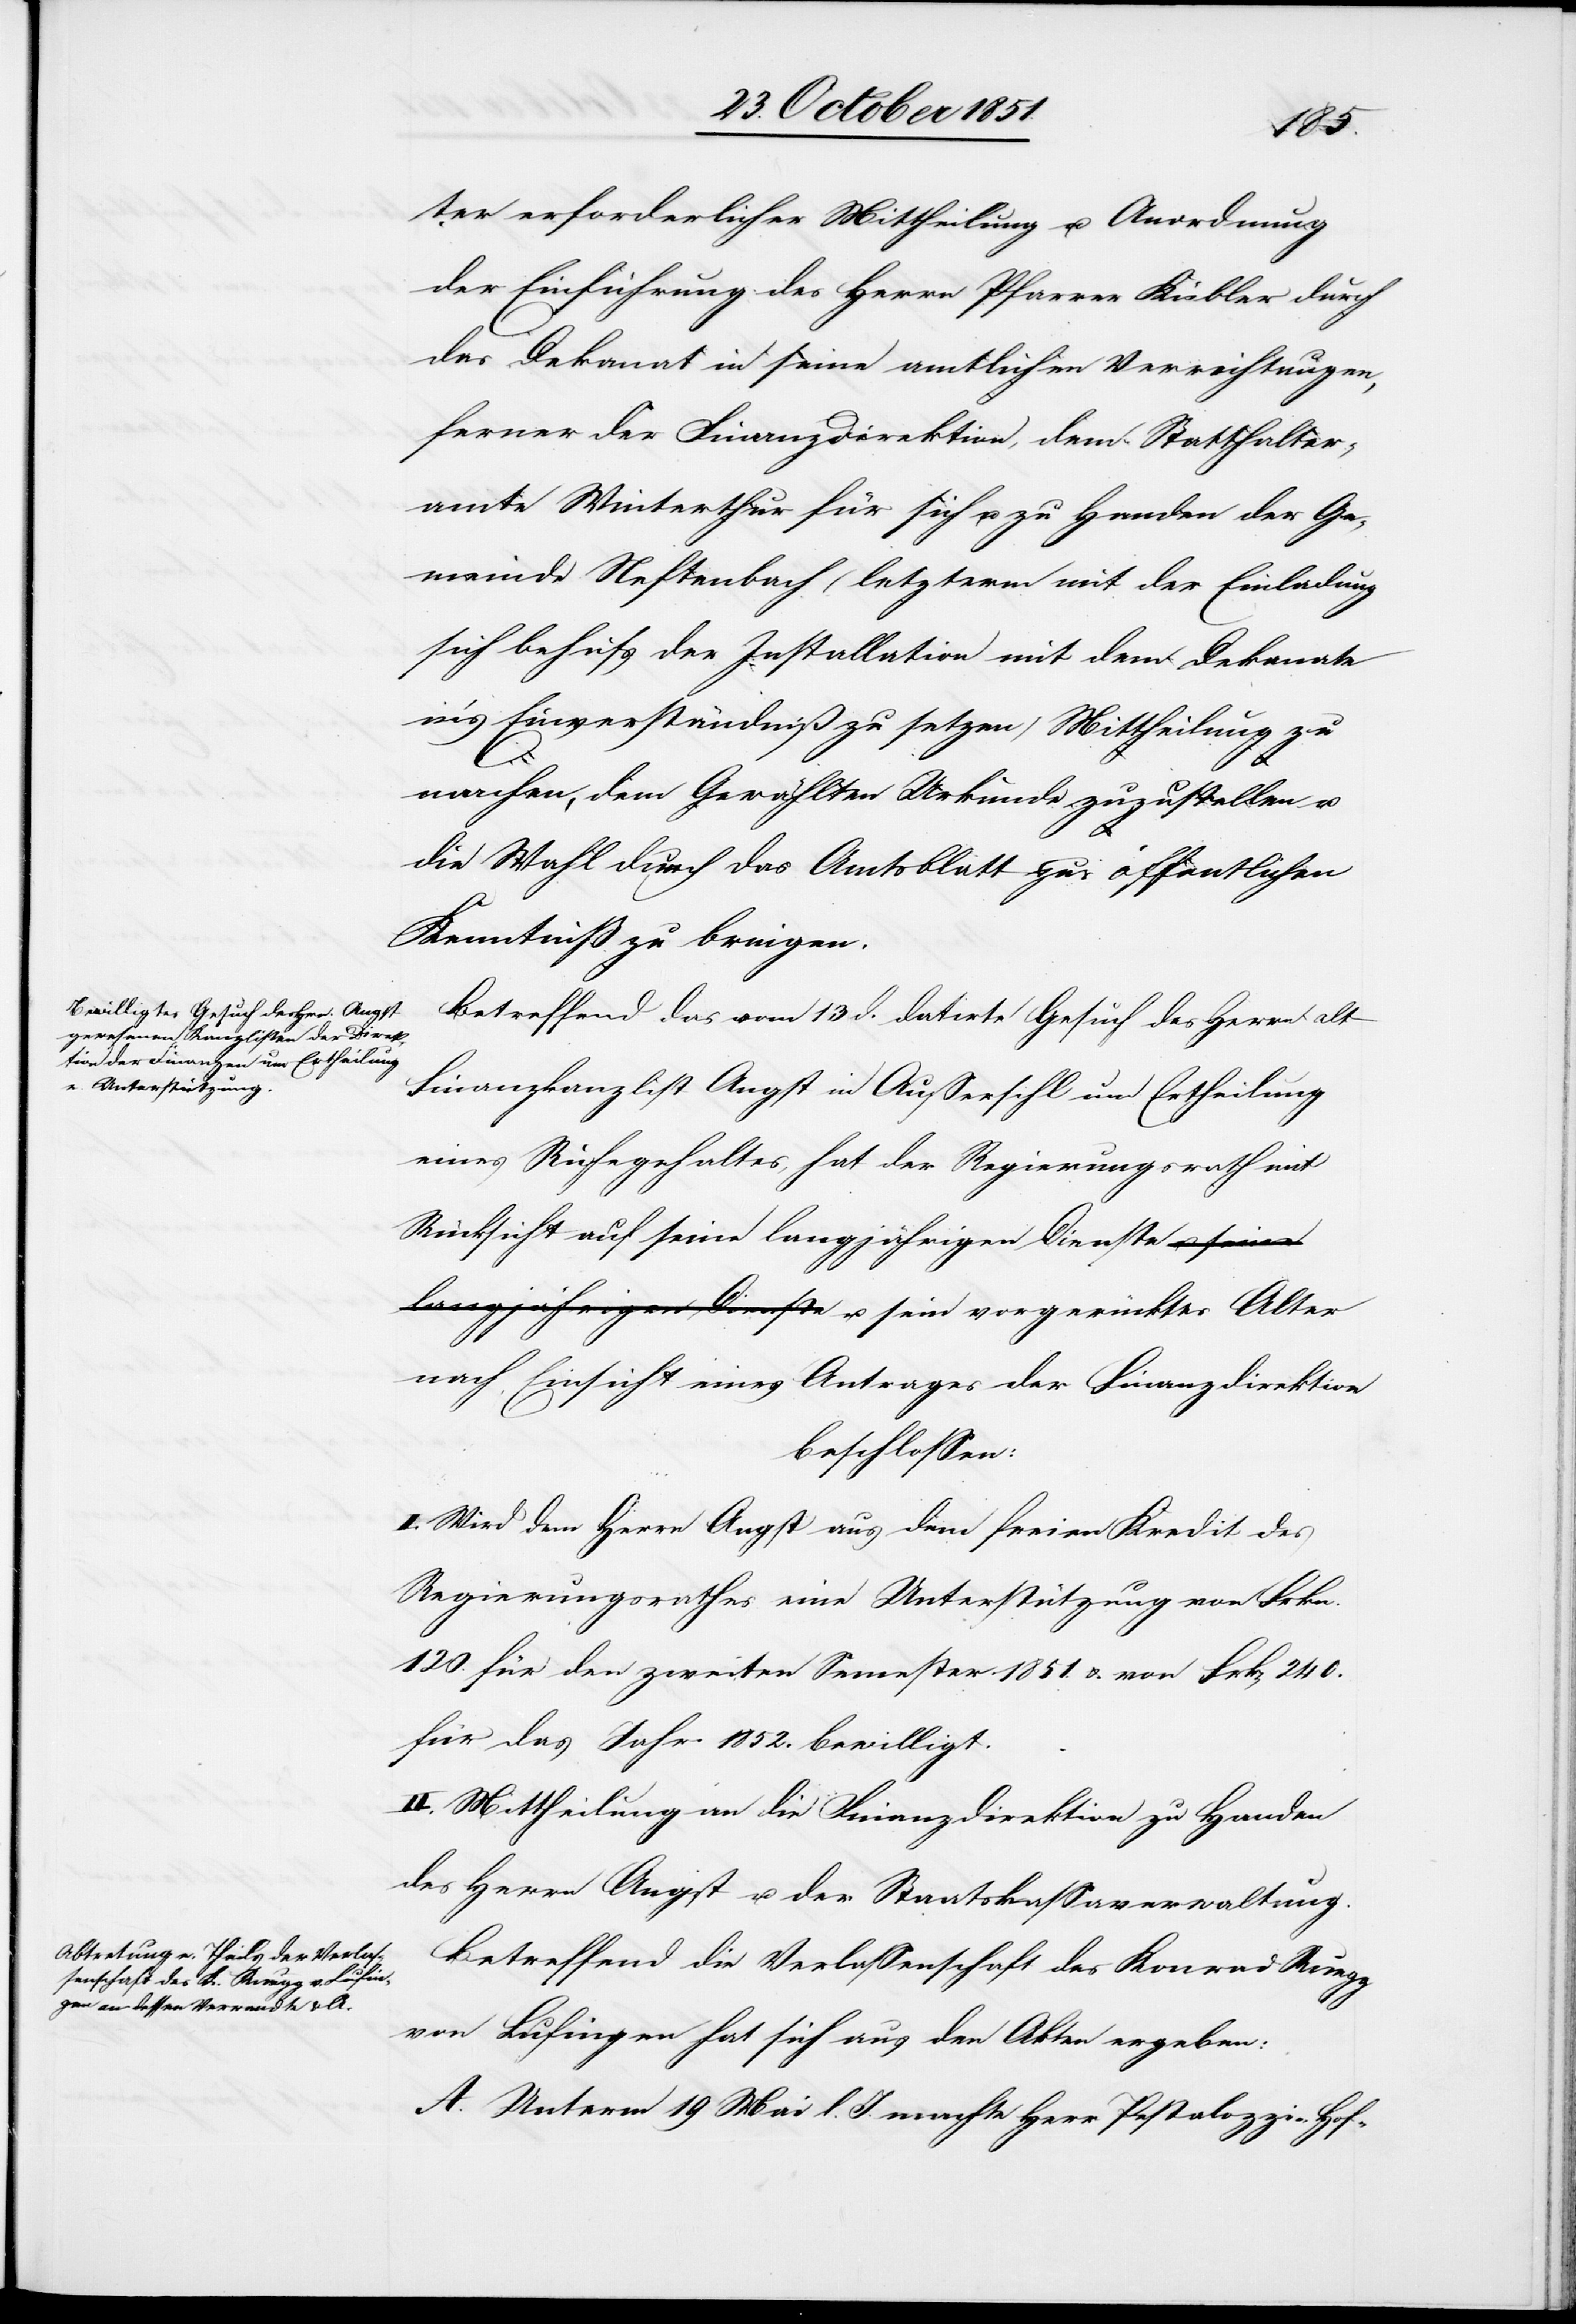
ter erforderlicher Mittheilung u. Anordnung
der Einführung des Herrn Pfarrer Kübler durch
das Dekanat in seine amtlichen Verrichtungen,
ferner der Finanzdirektion, dem Statthalter¬
amte Winterthur für sich u. zu Handen der Ge¬
meinde Neftenbach (letzterm mit der Einladung
sich behufs der Installation mit dem Dekanate
in’s Einverständniß zu setzen) Mittheilung zu
machen, dem Gewählten Urkunde zuzustellen u.
die Wahl durch das Amtsblatt zur öffentlichen
Kenntniß zu bringen.
Betreffend das vom 13 d. datirte Gesuch des Herrn alt
Finanzkanzlist Angst in Aussersihl um Ertheilung
eines Ruhegehaltes, hat der Regierungsrath mit
Rücksicht auf seine langjährigen Dienste u. sein
nach Einsicht eines Antrages der Finanzdirektion
beschlossen:
I. Wird dem Herrn Angst aus dem freien Kredit des
Regierungsrathes eine Unterstützung von Frkn.
120. für den [sic!] zweiten Semester 1851. & von Frk[en] 240.
für das Jahr 1852. bewilligt.
II. Mittheilung an die Finanzdirektion zu Handen
des Herrn Angst u. der Staatskassaverwaltung.
Betreffend die Verlassenschaft des Konrad Ruegg
von Lufingen hat sich aus den Akten ergeben:
A. Unterm 19 Mai l. J. machte Herr Pestalozzi-Hof-